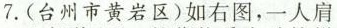
7.(台州市黄岩区)如右图，一人肩